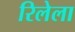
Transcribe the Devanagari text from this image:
रिलेला